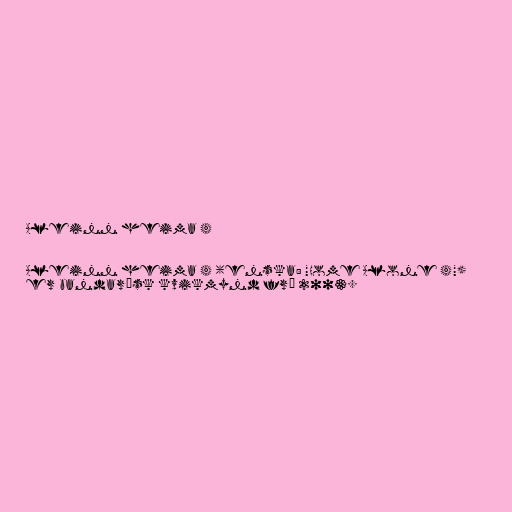
Aleinn heima 4

Aleinn heima 4 (enska: "Home Alone 4")
er bandarísk kvikmynd frá 2003.